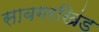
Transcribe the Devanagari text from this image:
साबगरखिंड